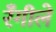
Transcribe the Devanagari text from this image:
रँगीले